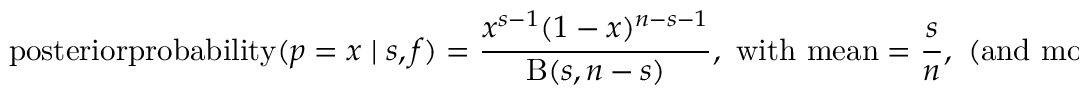
\operatorname { p o s t e r i o r p r o b a b i l i t y } ( p = x \mid s , f ) = { \frac { x ^ { s - 1 } ( 1 - x ) ^ { n - s - 1 } } { \mathrm { B } ( s , n - s ) } } , { \mathrm { ~ w i t h ~ m e a n } } = { \frac { s } { n } } , { \mathrm { ~ ( a n d ~ m o d e = ~ } } { \frac { s - 1 } { n - 2 } } { \mathrm { ~ i f ~ } } 1 < s < n - 1 ) .